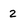
Character: 2